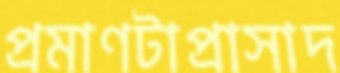
প্রমাণটাপ্রাসাদ